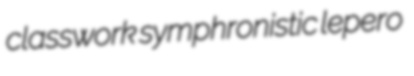
classwork symphronistic lepero